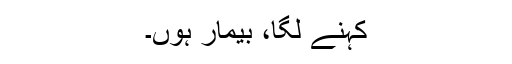
کہنے لگا، بیمار ہوں۔